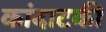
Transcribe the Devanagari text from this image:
कांदाटकी